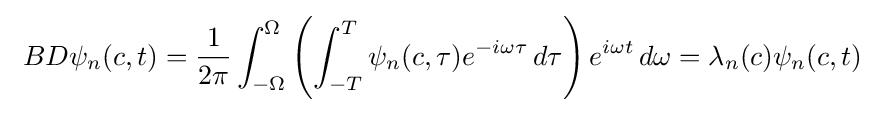
\ BD\psi _{n}(c,t)={\frac {1}{2\pi }}\int _{-\Omega }^{\Omega }\left(\int _{-T}^{T}\psi _{n}(c,\tau )e^{-i\omega \tau }\,d\tau \right)e^{i\omega t}\,d\omega =\lambda _{n}(c)\psi _{n}(c,t)